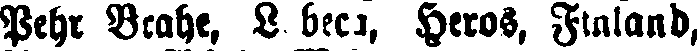
Pehr Brahe, L beca, Heros, Finland,